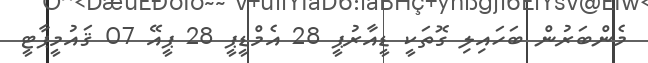
މެންބަރުން ބަހައިލި ގޮތަކީ ޑީއާރުޕީ 28 އެމްޑީޕީ 28 ޕީއޭ 07 ޤައުމީޕާޓީ